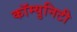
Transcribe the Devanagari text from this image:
कॉम्युनिटी